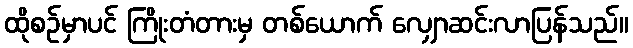
ထိုစဉ်မှာပင် ကြိုးတံတားမှ တစ်ယောက် လျှောဆင်းလာပြန်သည်။